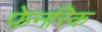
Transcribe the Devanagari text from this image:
फेनरिक